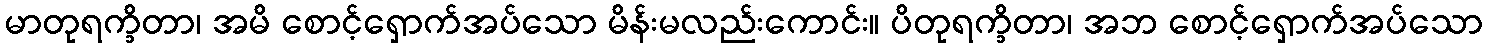
မာတုရက္ခိတာ၊ အမိ စောင့်ရှောက်အပ်သော မိန်းမလည်းကောင်း။ ပိတုရက္ခိတာ၊ အဘ စောင့်ရှောက်အပ်သော